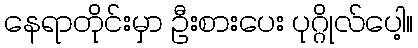
နေရာတိုင်းမှာ ဦးစားပေး ပုဂ္ဂိုလ်ပေါ့။